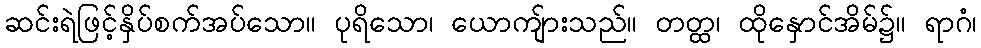
ဆင်းရဲဖြင့်နှိပ်စက်အပ်သော။ ပုရိသော၊ ယောကျ်ားသည်။ တတ္ထ၊ ထိုနှောင်အိမ်၌။ ရာဂံ၊